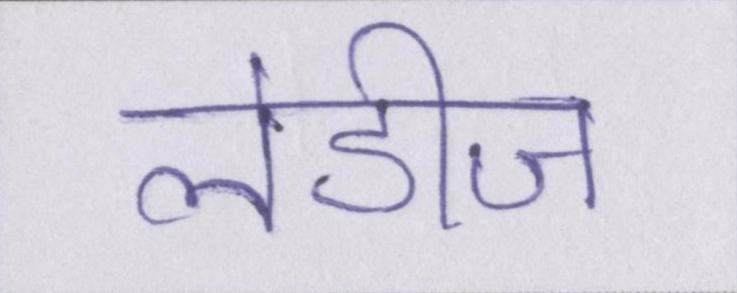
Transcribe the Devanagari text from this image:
लेडीज